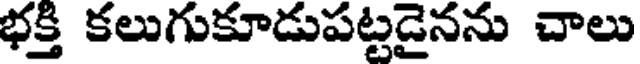
భక్తి కలుగుకూడుపట్టడైనను చాలు